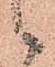
候